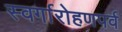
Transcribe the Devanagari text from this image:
स्वर्गारोहणपर्व